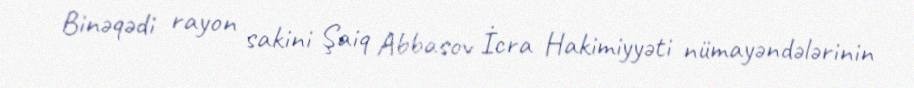
Binəqədi rayon sakini Şaiq Abbasov İcra Hakimiyyəti nümayəndələrinin